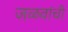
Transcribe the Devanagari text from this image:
जळवांची